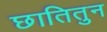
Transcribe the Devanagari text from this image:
छातितुन